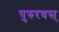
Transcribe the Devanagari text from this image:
पुरुरवस्‌